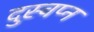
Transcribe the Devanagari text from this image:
दुस्वप्न